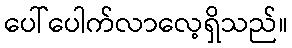
ပေါ်ပေါက်လာလေ့ရှိသည်။